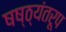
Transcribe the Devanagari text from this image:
षष्ठ्यंतरूप